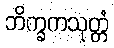
ဘိက္ခကသုတ္တံ